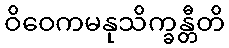
ဝိဝေကမနုသိက္ခန္တီတိ